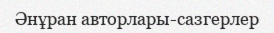
Әнұран авторлары-сазгерлер